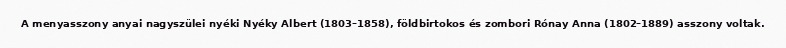
A menyasszony anyai nagyszülei nyéki Nyéky Albert (1803–1858), földbirtokos és zombori Rónay Anna (1802–1889) asszony voltak.